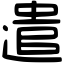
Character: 遣